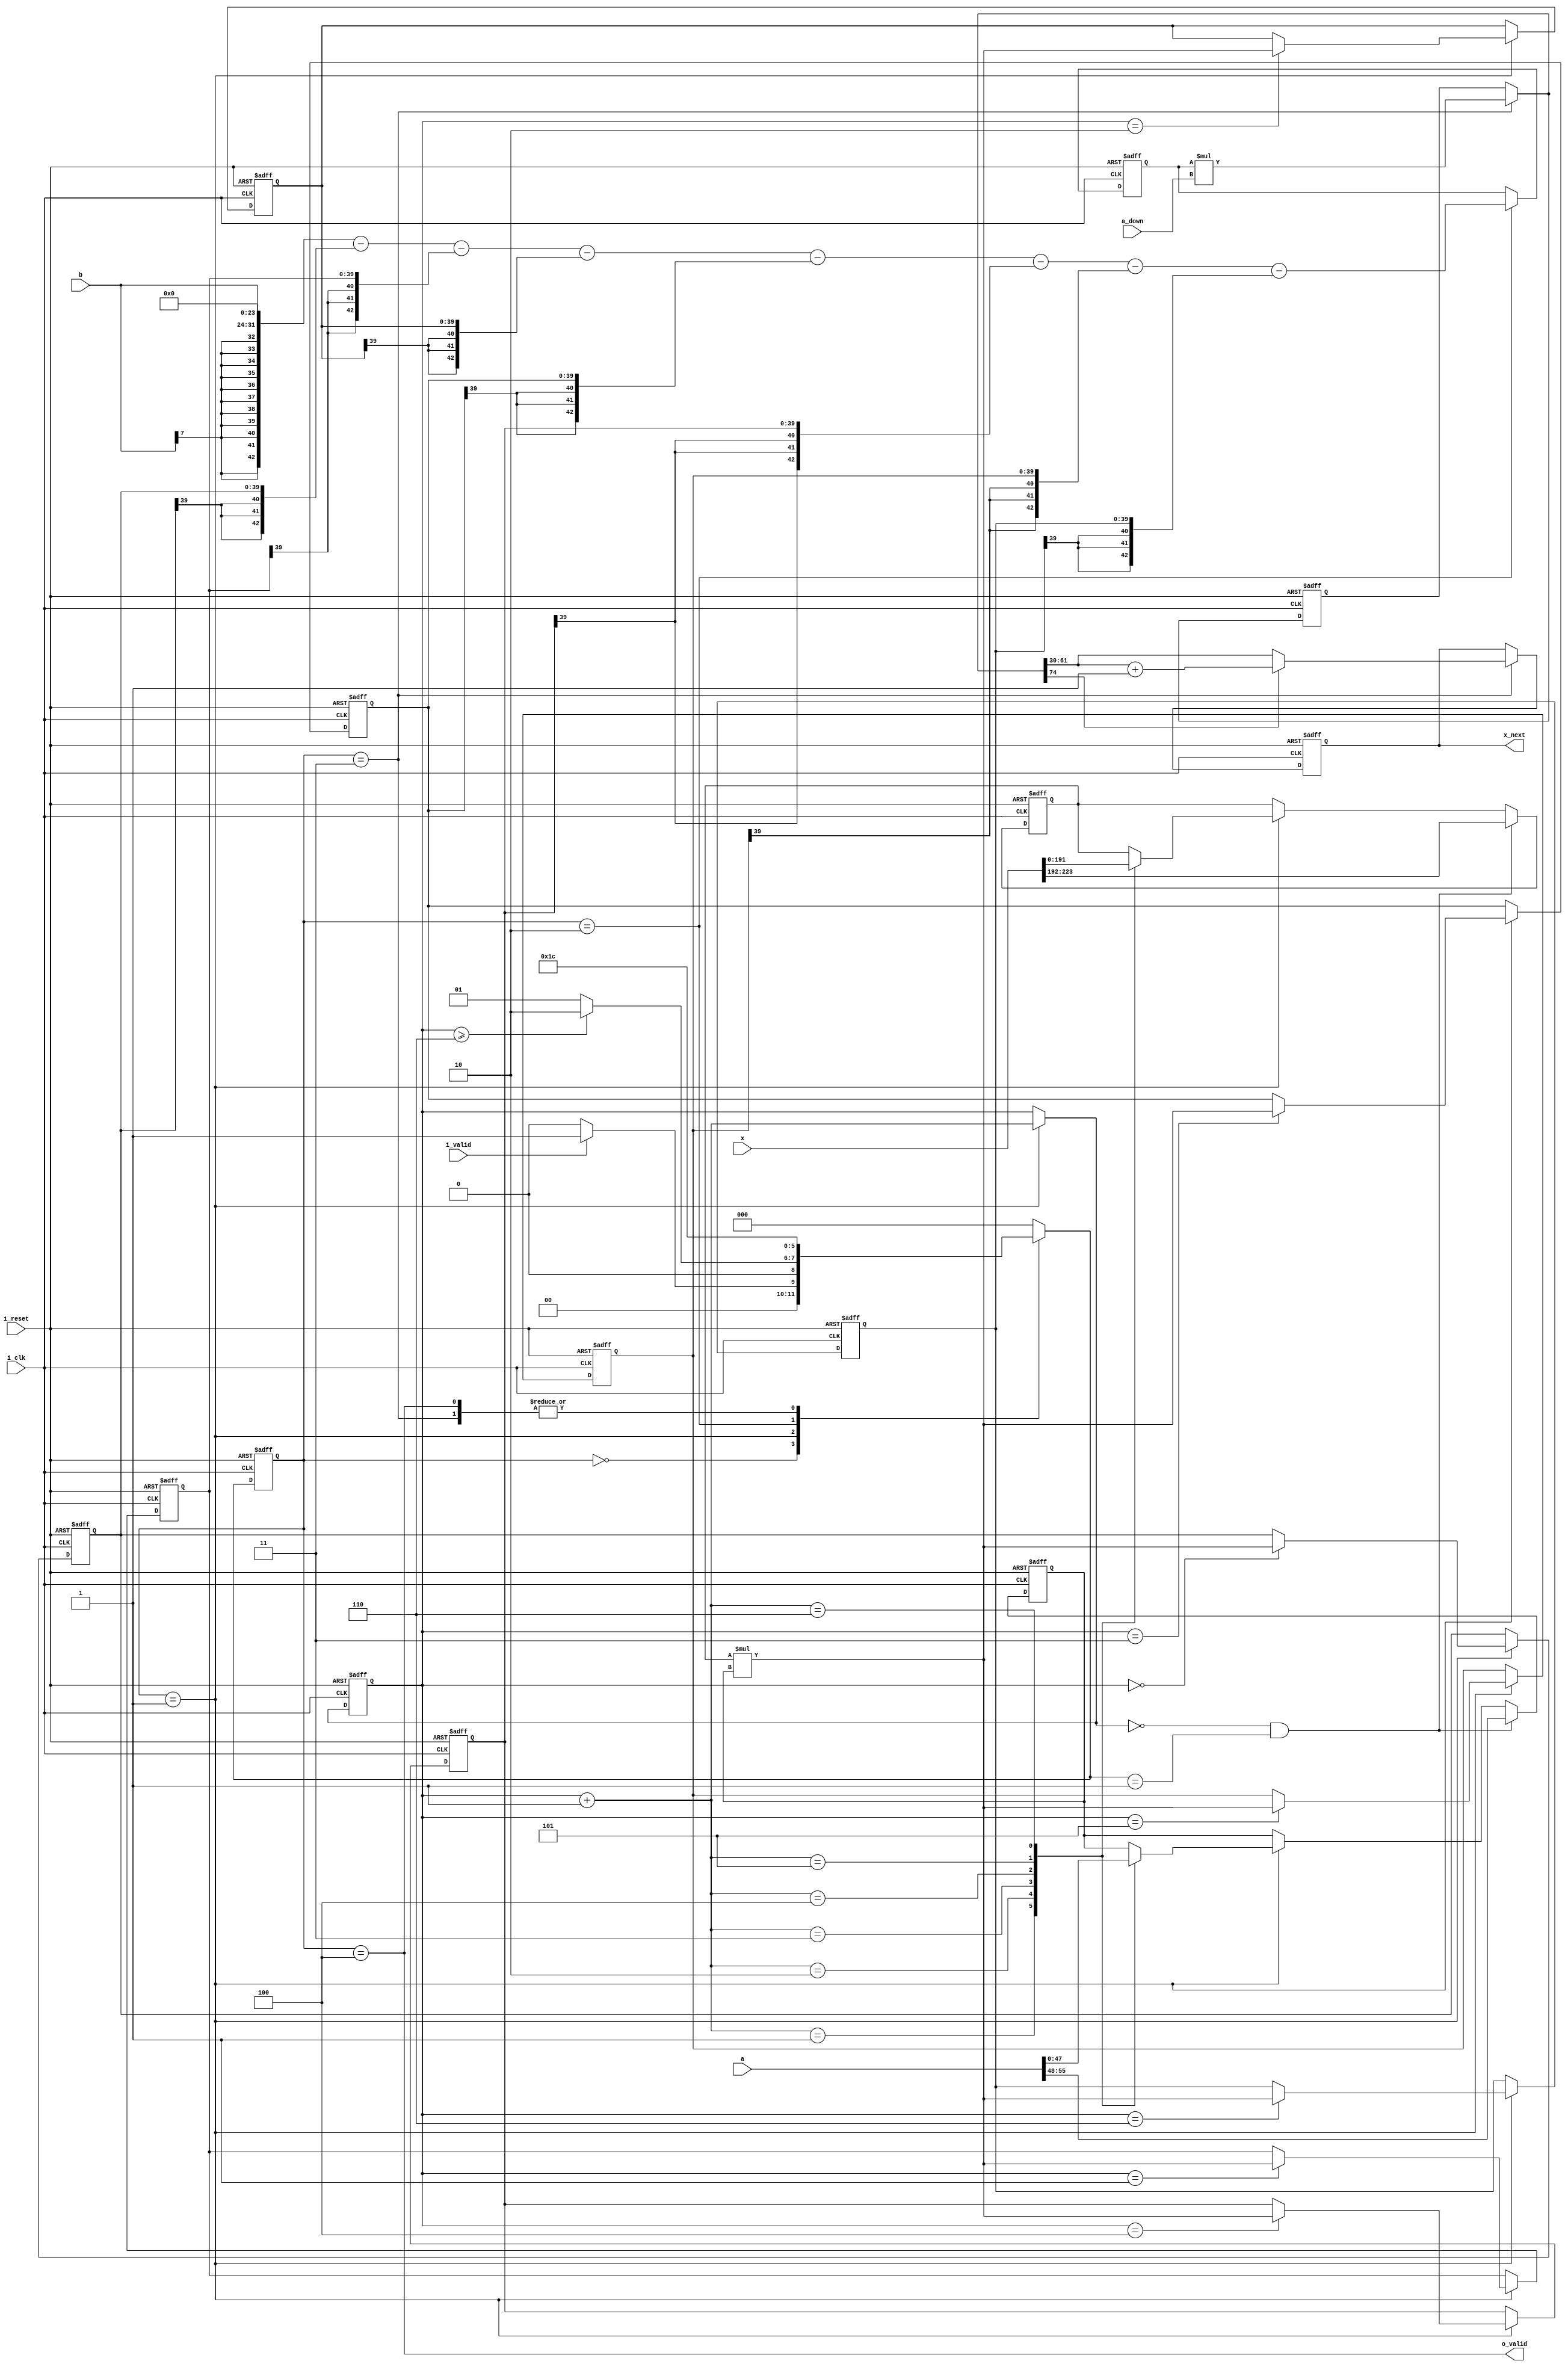
module Core(
    i_clk,
    i_reset,
    a,
    b,
    a_down,
    i_valid,
    x,
    o_valid,
    x_next
);

    input  i_clk;
    input  i_reset;
    input  i_valid;
    // a contains 7 x 8bits a_i
    input  signed [55:0] a;  // S7
    input  signed [7:0] b;
    input  signed [31:0] a_down;
    //except the xi we are going to calculate, contains 7 x 32 bits x_i
    input  signed [223:0] x ; // S7.24
    output o_valid;
    output reg [31:0] x_next;

    integer i;
    parameter IDLE = 3'd0;
    parameter CALC = 3'd1;
    parameter CALC_2 = 3'd2;
    parameter CALC_3 = 3'd3;
    parameter OUT  = 3'd4;
    
    reg   [2:0]   state_r,state_w;
    reg   [31:0]  x_next_w;

    wire  [7:0]   a_new      [0:6];
    wire  [31:0]  x_new      [0:6];

    reg   [2:0]   count_r, count_w;
    reg   [31:0]  a_multiply_r,a_multiply_w;
    reg   [7:0]  b_multiply_r,b_multiply_w;
    
    reg   [39:0]  x_temp     [0:6];
    reg   [39:0]  x_temp_w   [0:6];
    reg   [42:0]  x_temp_2, x_temp_2_w;
    reg   [74:0]  x_temp_3, x_temp_3_w;
    
    always@ (*) begin
        case(state_r)
            IDLE: state_w = (i_valid) ? CALC : IDLE;
            CALC: state_w = (count_r>=3'd6) ? CALC_2 : CALC;
            CALC_2: state_w = CALC_3;
            CALC_3: state_w = OUT;
            OUT : state_w = OUT;
            default: state_w = IDLE;
        endcase
    end

    assign o_valid = (state_r == OUT);

    assign x_new[0] = x[223:192];
    assign x_new[1] = x[191:160];
    assign x_new[2] = x[159:128];
    assign x_new[3] = x[127:96];
    assign x_new[4] = x[95:64];
    assign x_new[5] = x[63:32];
    assign x_new[6] = x[31:0];
    
    assign a_new[0] = a[55:48];
    assign a_new[1] = a[47:40];
    assign a_new[2] = a[39:32];
    assign a_new[3] = a[31:24];
    assign a_new[4] = a[23:16];
    assign a_new[5] = a[15:8];
    assign a_new[6] = a[7:0];

    always@ (*) begin
        if(state_r == CALC) begin
            count_w = count_r + 1'b1;

            // using "folding" technique to reduce area
            // using only one multiplier
            case(count_w)
                3'd1: begin
                    a_multiply_w = x_new[1];
                    b_multiply_w = a_new[1];
                end
                3'd2: begin
                    a_multiply_w = x_new[2];
                    b_multiply_w = a_new[2];
                end
                3'd3: begin
                    a_multiply_w = x_new[3];
                    b_multiply_w = a_new[3];
                end
                3'd4: begin
                    a_multiply_w = x_new[4];
                    b_multiply_w = a_new[4];
                end
                3'd5: begin
                    a_multiply_w = x_new[5];
                    b_multiply_w = a_new[5];
                end
                3'd6: begin
                    a_multiply_w = x_new[6];
                    b_multiply_w = a_new[6];
                end
                default: begin
                    a_multiply_w = a_multiply_r;
                    b_multiply_w = b_multiply_r;
                end
            endcase 
        end 
        else begin
            count_w = count_r;
            a_multiply_w = a_multiply_r;
            b_multiply_w = b_multiply_r;
        end
    end

    always@ (*) begin
        for(i=0;i<7;i=i+1) begin
            x_temp_w[i] = x_temp[i];
        end

        if(state_r == CALC)
            x_temp_w[count_r] = $signed(a_multiply_r) * $signed(b_multiply_r);
    end

    always@ (*) begin
        if(state_r == CALC_2)
            x_temp_2_w = {{11{b[7]}} ,b,24'b0} - {{3{x_temp[0][39]}}, x_temp[0]} - {{3{x_temp[1][39]}}, x_temp[1]}
                        - {{3{x_temp[2][39]}}, x_temp[2]} - {{3{x_temp[3][39]}}, x_temp[3]} - {{3{x_temp[4][39]}}, x_temp[4]} 
                        - {{3{x_temp[5][39]}}, x_temp[5]} - {{3{x_temp[6][39]}}, x_temp[6]};
        else
            x_temp_2_w = x_temp_2;
    end

    always@ (*) begin
        if(state_r == CALC_3) 
            x_temp_3_w = $signed(x_temp_2) * $signed(a_down);
        else 
            x_temp_3_w = x_temp_3;
    end

    always@ (*) begin
        if(state_r == CALC_3)
            x_next_w = (x_temp_3_w[74]) ? (x_temp_3_w[61:30]+1'b1) : x_temp_3_w[61:30];
        else
            x_next_w = x_next;
    end

    always@ (posedge i_clk or posedge i_reset) begin
        if(i_reset) begin
            state_r <= IDLE;
            x_next <= 0;
            count_r <= 0;
            a_multiply_r <= 0;
            b_multiply_r <= 0;

            for(i=0;i<7;i=i+1) begin
                x_temp[i] <= 0;
            end            
            x_temp_2 <= 0;
            x_temp_3 <= 0;
        end
        else begin
            state_r <= state_w;
            x_next <=  x_next_w;
            count_r <= count_w;

            if(!count_w && state_w==CALC) begin
                a_multiply_r <= x_new[0];
                b_multiply_r <= a_new[0];
            end
            else begin
                a_multiply_r <= a_multiply_w;
                b_multiply_r <= b_multiply_w;
            end

            for(i=0;i<7;i=i+1) begin
                x_temp[i] <= x_temp_w[i];
            end
            x_temp_2 <= x_temp_2_w;
            x_temp_3 <= x_temp_3_w;
        end
    end

endmodule